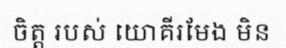
ចិត្ត របស់ យោគីរមែង មិន